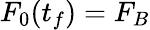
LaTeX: F_{0}(t_{f})=F_{B}